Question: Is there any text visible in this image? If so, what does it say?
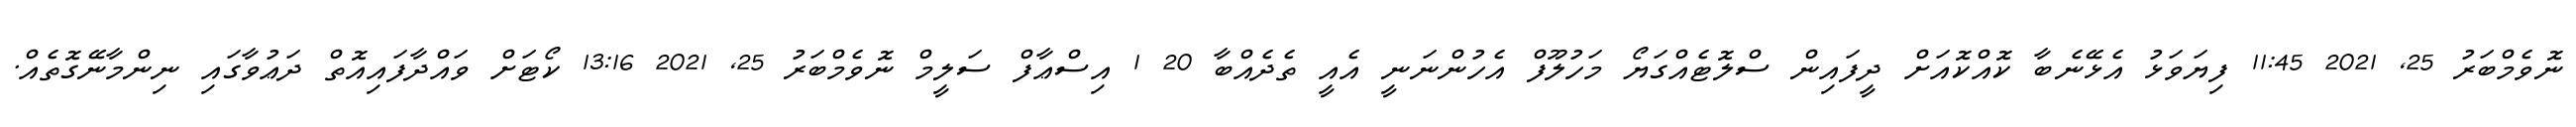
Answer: ނޮވެމްބަރު 25, 2021 11:45 ފިޔަވަޅު އެޅޭނެބާ ކޮއްކޮއަށް ދީފައިން ސްލޮޓެއްގަޔޯ މަހުލޫފް އެހުންނަނީ އެއީ ތެދެއްބާ 20 1 އިސްޢާފް ސަލީމް ނޮވެމްބަރު 25, 2021 13:16 ކޯޓަށް ވައްދާފައިއޮތް ދަޢުވާގައި ނިންމާނޭގޮތެއް.